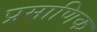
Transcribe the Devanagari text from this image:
प्रमाणिक